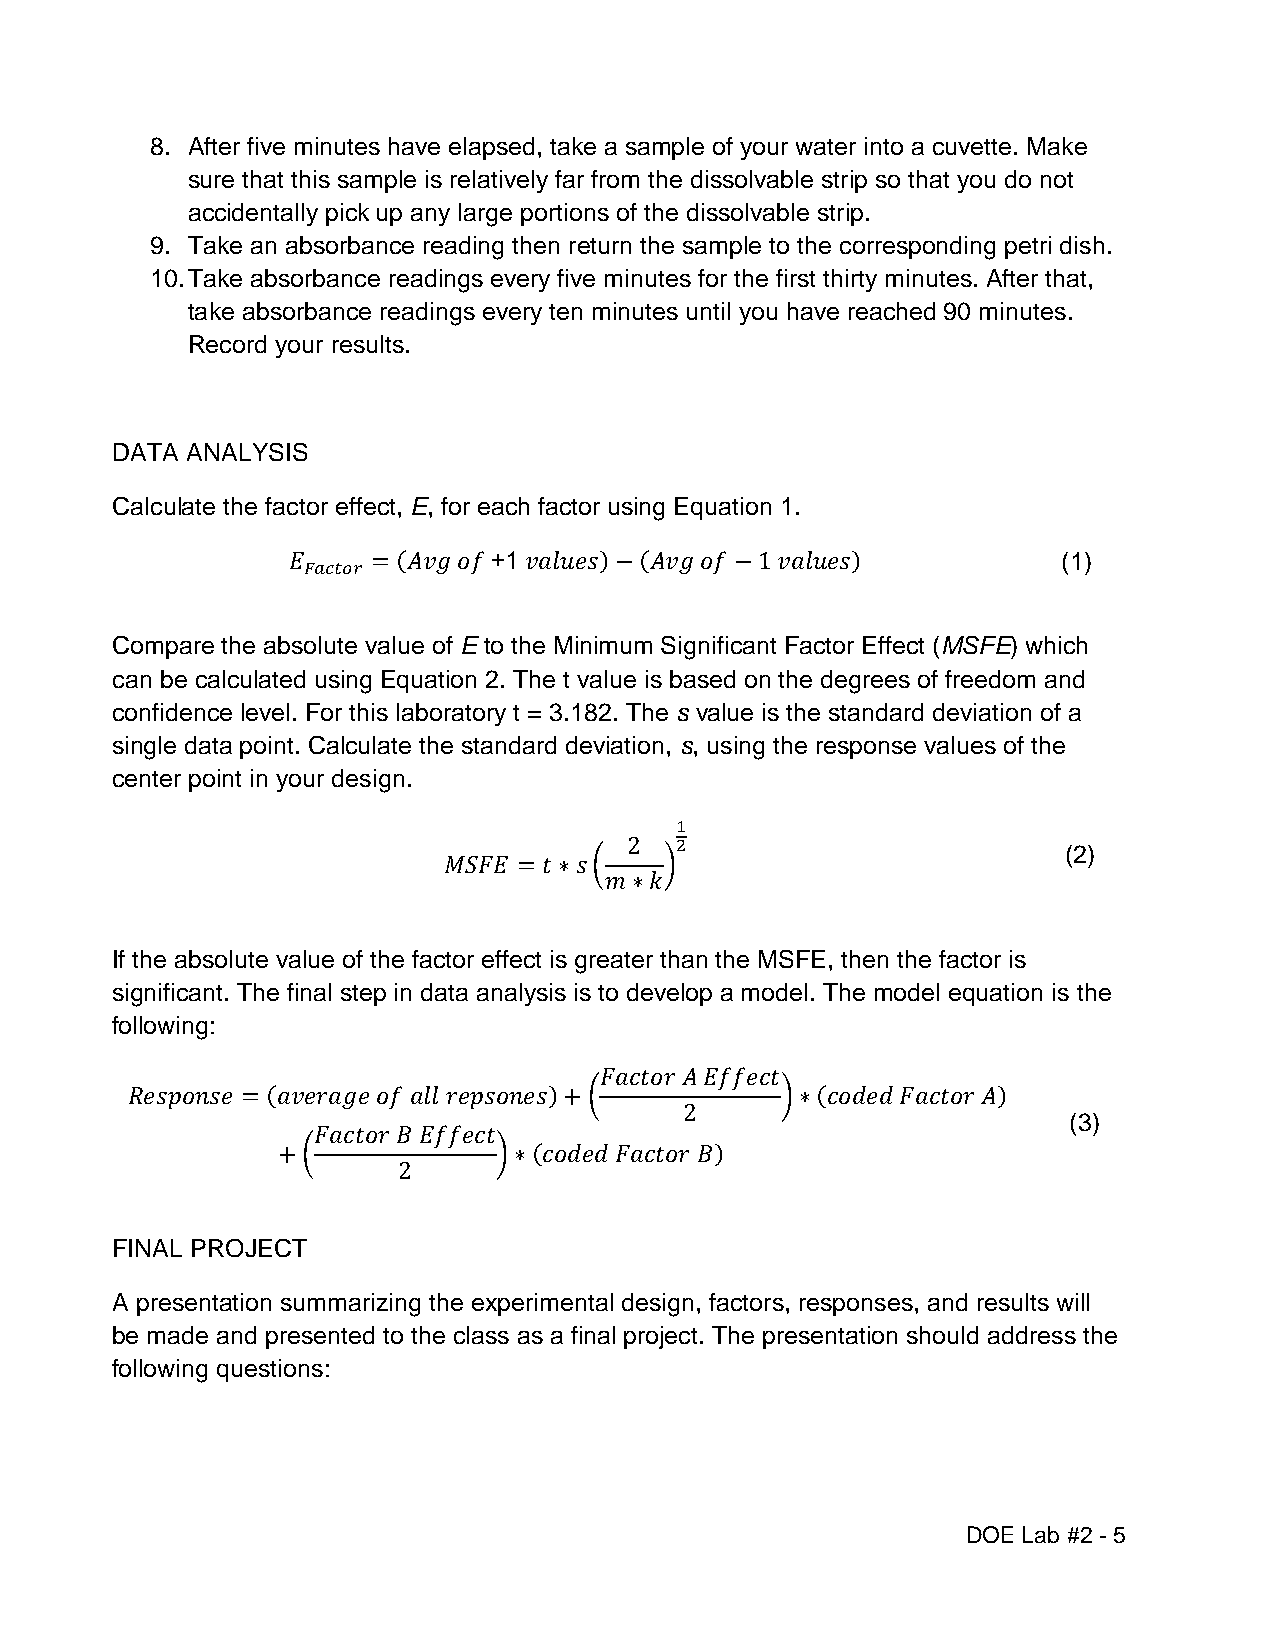
8. After five minutes have elapsed, take a sample of your water into a cuvette. Make
 sure that this sample is relatively far from the dissolvable strip so that you do not
 accidentally pick up any large portions of the dissolvable strip.
 9. Take an absorbance reading then return the sample to the corresponding petri dish.
 10. Take absorbance readings every five minutes for the first thirty minutes. After that,
 take absorbance readings every ten minutes until you have reached 90 minutes.
 Record your results.
 DATA ANALYSIS
 Calculate the factor effect, E, for each factor using Equation 1.
 𝐸     = (𝐴𝑣𝑔 𝑜𝑓 +1 𝑣𝑎𝑙𝑢𝑒𝑠)−(𝐴𝑣𝑔 𝑜𝑓 −1 𝑣𝑎𝑙𝑢𝑒𝑠)      (1)
 𝐹𝑎𝑐𝑡𝑜𝑟
 Compare the absolute value of E to the Minimum Significant Factor Effect (MSFE) which
 can be calculated using Equation 2. The t value is based on the degrees of freedom and
 confidence level. For this laboratory t = 3.182. The s value is the standard deviation of a
 single data point. Calculate the standard deviation, s, using the response values of the
 center point in your design.
 1
 2  2                        (2)
 𝑀𝑆𝐹𝐸 = 𝑡∗𝑠(    )
 𝑚∗𝑘
 If the absolute value of the factor effect is greater than the MSFE, then the factor is
 significant. The final step in data analysis is to develop a model. The model equation is the
 following:
 𝐹𝑎𝑐𝑡𝑜𝑟 𝐴 𝐸𝑓𝑓𝑒𝑐𝑡
 𝑅𝑒𝑠𝑝𝑜𝑛𝑠𝑒 = (𝑎𝑣𝑒𝑟𝑎𝑔𝑒 𝑜𝑓 𝑎𝑙𝑙 𝑟𝑒𝑝𝑠𝑜𝑛𝑒𝑠)+(      )∗(𝑐𝑜𝑑𝑒𝑑 𝐹𝑎𝑐𝑡𝑜𝑟 𝐴)
 2
 (3)
 𝐹𝑎𝑐𝑡𝑜𝑟 𝐵 𝐸𝑓𝑓𝑒𝑐𝑡
 +(             )∗(𝑐𝑜𝑑𝑒𝑑 𝐹𝑎𝑐𝑡𝑜𝑟 𝐵)
 2
 FINAL PROJECT
 A presentation summarizing the experimental design, factors, responses, and results will
 be made and presented to the class as a final project. The presentation should address the
 following questions:
 DOE Lab #2 - 5